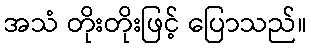
အသံ တိုးတိုးဖြင့် ပြောသည်။